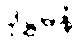
ဒုဋ္ဌမနံ